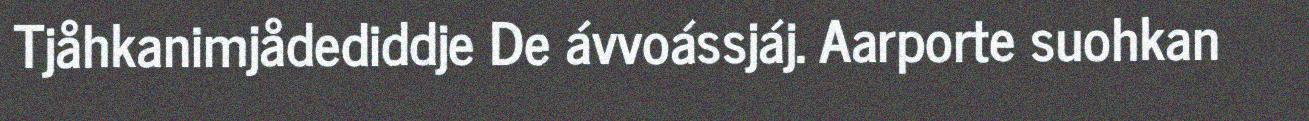
Tjåhkanimjådediddje De ávvoássjáj. Aarporte suohkan